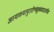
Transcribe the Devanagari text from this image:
अस्माकमायुरारोग्यंसुखंचददतांचिरं